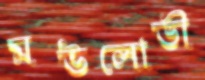
মউলোভী